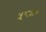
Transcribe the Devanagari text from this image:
५८९०